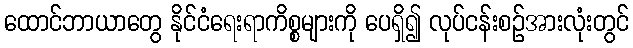
ထောင်ဘာယာတွေ နိုင်ငံရေးရာကိစ္စများကို ပေရှိ၍ လုပ်ငန်းစဉ်အားလုံးတွင်